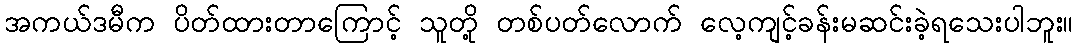
အကယ်ဒမီက ပိတ်ထားတာကြောင့် သူတို့ တစ်ပတ်လောက် လေ့ကျင့်ခန်းမဆင်းခဲ့ရသေးပါဘူး။